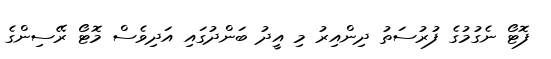
ފޮޓޯ ނެގުމުގެ ފުރުސަތު ދިންއިރު މި އީދު ބަންދުގައި އަދިވެސް މޮޓޯ ރޭސިންގެ